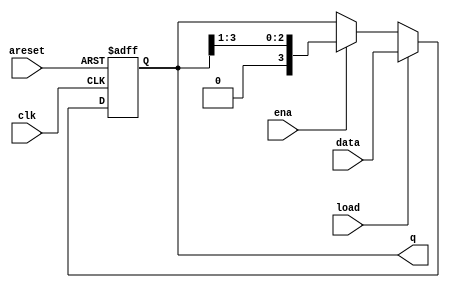
module top_module(
    input clk,
    input areset,  // async active-high reset to zero
    input load,
    input ena,
    input [3:0] data,
    output reg [3:0] q); 

    always @(posedge clk, posedge areset) begin
        if (areset) begin
            q <= '0;
        end else if (load) begin
            q <= data;
        end else if (ena) begin
            q <= q >> 1;
        end
    end

endmodule